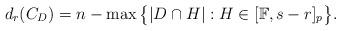
LaTeX: \begin{align*}d_{r}(C_{D})= n-\max\big\{|D \cap H|: H \in [\mathbb{F},s-r]_{p}\big\}.\end{align*}